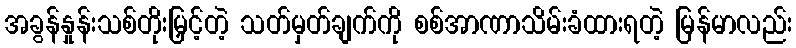
အခွန်နှုန်းသစ်တိုးမြှင့်တဲ့ သတ်မှတ်ချက်ကို စစ်အာဏာသိမ်းခံထားရတဲ့ မြန်မာလည်း